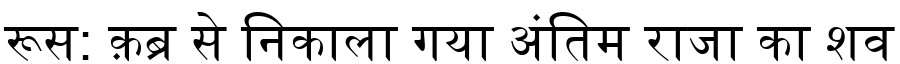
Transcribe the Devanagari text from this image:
रूस: क़ब्र से निकाला गया अंतिम राजा का शव